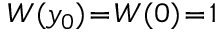
W ( y _ { 0 } ) \! = \! W ( 0 ) \! = \! 1